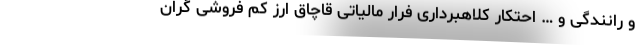
و رانندگی و … احتکار کلاهبرداری فرار مالیاتی قاچاق ارز کم فروشی گران